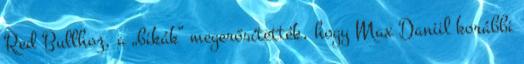
Red Bullhoz, a „bikák” megerősítették, hogy Max Daniil korábbi